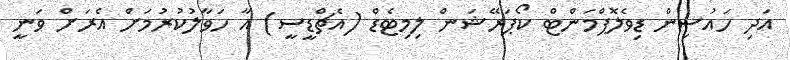
އަދި ހައުސިން ޑިވެލޮޕްމަންޓް ކޯޕަރޭޝަން ލިމިޓެޑް (އެޗްޑީސީ) އާ ހަވާލުކުރުމަށް އެރަށް ވަނީ